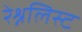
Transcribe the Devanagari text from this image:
रेश्नलिस्ट